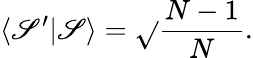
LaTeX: \langle\mathscr{S}^{\prime}|\mathscr{S}\rangle={\sqrt{}{{\frac{{N-1}}{{N}}}}}.